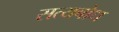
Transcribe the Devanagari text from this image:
सत्यबोध